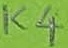
Text: K4